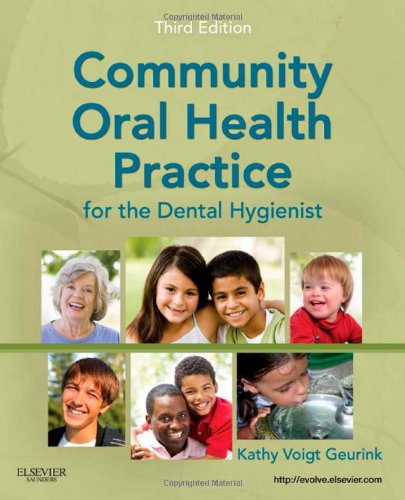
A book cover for Community Oral Health Practice for the Dental Hygienist, 3e (Geurink, Communuity Oral Health Practice); Kathy Voigt Geurink RDH  MA; Medical Books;